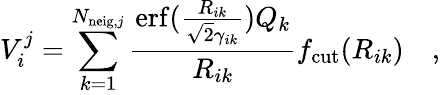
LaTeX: V_{i}^{j}=\sum_{k=1}^{N_{\mathrm{neig},j}}\frac{\mathrm{erf}(\frac{R_{ik}}{\sqrt{2}\gamma_{ik}})Q_{k}}{R_{ik}}f_{\mathrm{cut}}(R_{ik})\quad,